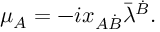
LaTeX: \mu _ { A } = - i x _ { A \dot { B } } \bar { \lambda } ^ { \dot { B } } .